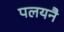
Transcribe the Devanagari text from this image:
पलयनै